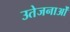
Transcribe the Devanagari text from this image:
उतेजनाओं